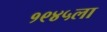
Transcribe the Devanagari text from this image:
१९४५ला